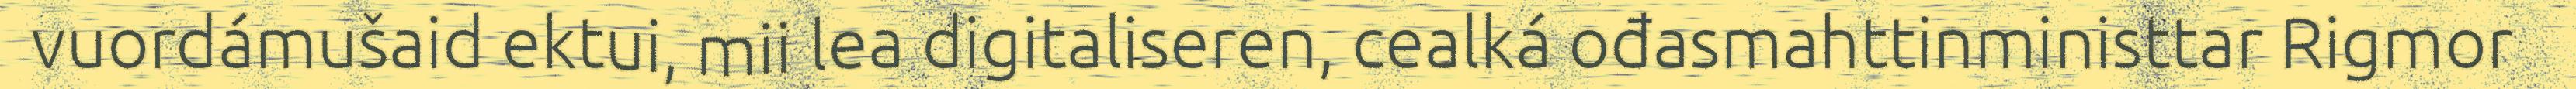
vuordámušaid ektui, mii lea digitaliseren, cealká ođasmahttinministtar Rigmor